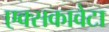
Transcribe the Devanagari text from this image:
एक्सकावेटा